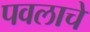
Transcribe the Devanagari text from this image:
पवलाचे